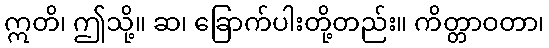
ဣတိ၊ ဤသို့။ ဆ၊ ခြောက်ပါးတို့တည်း။ ကိတ္တာဝတာ၊